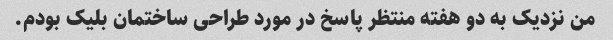
من نزدیک به دو هفته منتظر پاسخ در مورد طراحی ساختمان بلیک بودم.